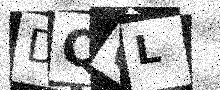
Text: DQ6L